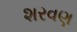
શરવણ